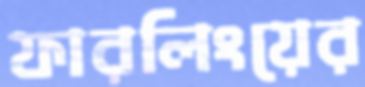
ফারলিংয়ের